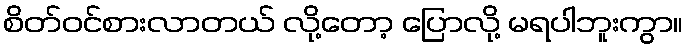
စိတ်ဝင်စားလာတယ် လို့တော့ ပြောလို့ မရပါဘူးကွာ။